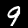
Label: 9